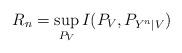
LaTeX: \begin{align*}R_n=\sup_{P_V} I(P_V, P_{Y^n|V}) \end{align*}